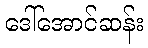
ဒေါ်အောင်ဆန်း